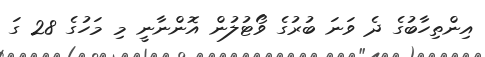
އިންތިހާބުގެ ދެ ވަނަ ބުރުގެ ވޯޓުލުން އޮންނާނީ މި މަހުގެ 28 ގަ